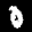
Label: 0